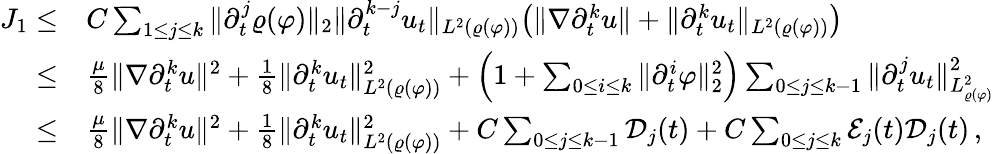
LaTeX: \begin{array}{rl}{J_{1}\leq}&{C\sum_{1\leq j\leq k}\| \partial_{t}^{j}\varrho(\varphi)\| _{2}\| \partial_{t}^{k-j}u_{t}\| _{L^{2}(\varrho(\varphi))}\big(\| \nabla\partial_{t}^{k}u\| +\| \partial_{t}^{k}u_{t}\| _{L^{2}(\varrho(\varphi))}\big)}\\ {\leq}&{\frac{\mu}{8}\| \nabla\partial_{t}^{k}u\| ^{2}+\frac{1}{8}\| \partial_{t}^{k}u_{t}\| _{L^{2}(\varrho(\varphi))}^{2}+\Big(1+\sum_{0\leq i\leq k}\| \partial_{t}^{i}\varphi\| _{2}^{2}\Big)\sum_{0\leq j\leq k-1}\| \partial_{t}^{j}u_{t}\| _{L_{\varrho(\varphi)}^{2}}^{2}}\\ {\leq}&{\frac{\mu}{8}\| \nabla\partial_{t}^{k}u\| ^{2}+\frac{1}{8}\| \partial_{t}^{k}u_{t}\| _{L^{2}(\varrho(\varphi))}^{2}+C\sum_{0\leq j\leq k-1}\mathcal{D}_{j}(t)+C\sum_{0\leq j\leq k}\mathcal{E}_{j}(t)\mathcal{D}_{j}(t)\, ,}\end{array}